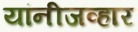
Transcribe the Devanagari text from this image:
यांनीजव्हार